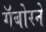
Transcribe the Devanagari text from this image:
गॅबोरने